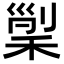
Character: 𥟸